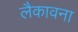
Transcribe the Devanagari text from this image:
लैकावना